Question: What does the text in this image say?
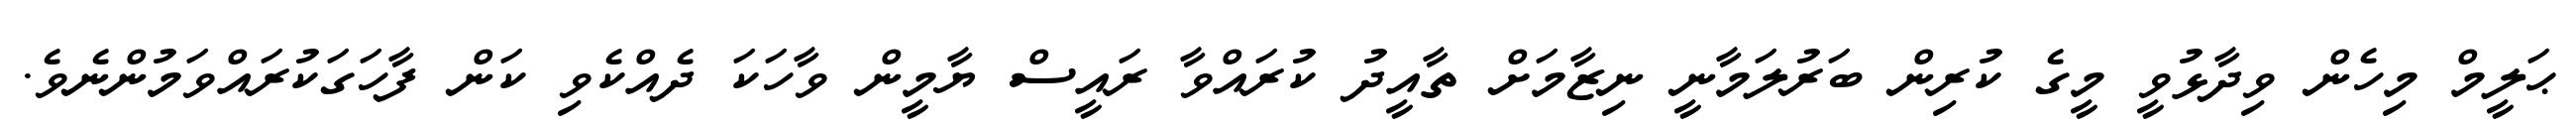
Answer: ޙަލީމް މިހެން ވިދާޅުވީ މީގެ ކުރިން ބަރުލަމާނީ ނިޒާމަށް ތާއީދު ކުރައްވާ ރައީސް ޔާމީން ވާހަކަ ދެއްކެވި ކަން ފާހަގަކުރައްވަމުންނެވެ.